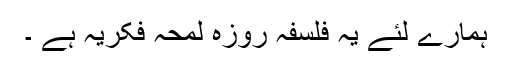
ہمارے لئے یہ فلسفۂ روزہ لمحۂ فکریہ ہے ۔